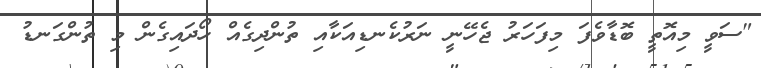
"ސަވީ މިއޮތީ ބޮޑާވެފަ މިފަހަރު ޖެހޭނީ ނަރުކެނޑިއަކާއި ތުންދިގެއް ހޯދައިގެން މި ތުންގަނޑު